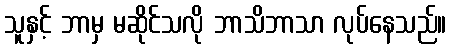
သူနှင့် ဘာမှ မဆိုင်သလို ဘာသိဘာသာ လုပ်နေသည်။